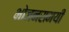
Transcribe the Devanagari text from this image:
भोजनसमयी